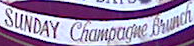
SUNDAY Champagne bunch